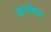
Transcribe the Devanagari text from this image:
अप्स्केल